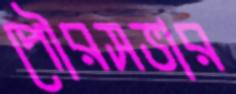
পৌরসভার